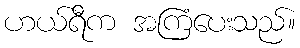
ဟယ်ရီက အကြံပေးသည်။